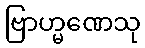
ဗြာဟ္မဏေသု